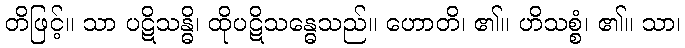
တိဖြင့်။ သာ ပဋိသန္ဓိ၊ ထိုပဋိသန္ဓေသည်။ ဟောတိ၊ ၏။ ဟိသစ္စံ၊ ၏။ သာ၊